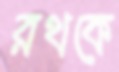
রথকে